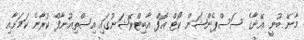
މާނޭ ބުނީ އޭނާގެ ސަސްޕެންޝަން ކޯޓް އޮފް އާބިޓްރޭޝަނުގައި އިސްތިއުނާފް ކުރާނެ ކަމަށާއި